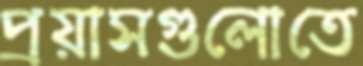
প্রয়াসগুলোতে